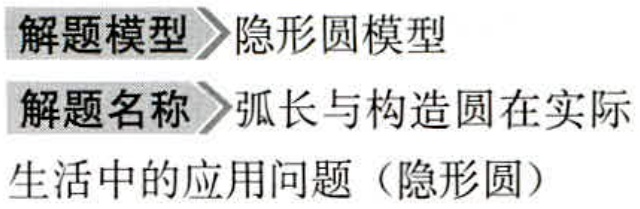
解题模型 隐形圆模型

解题名称 弧长与构造圆在实际

生活中的应用问题（隐形圆）